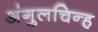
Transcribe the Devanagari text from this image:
अंगुलचिन्ह